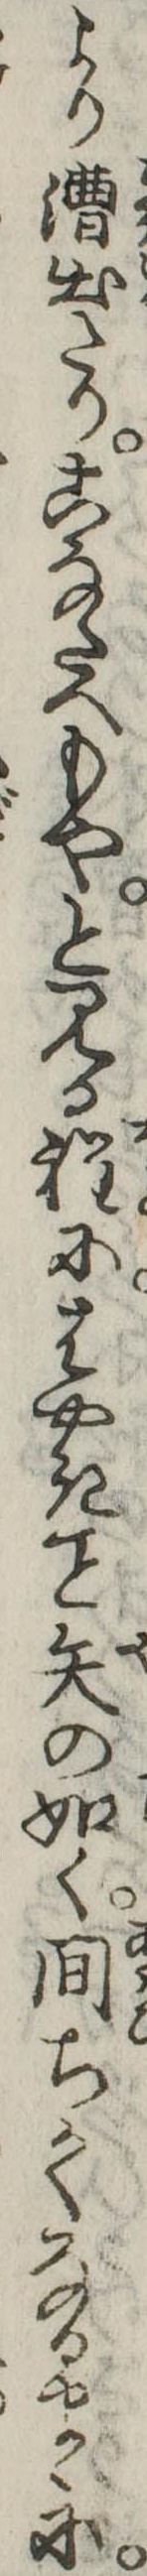
より漕出たりこなたへもやと見る程にはやき矢の如く間ちかくなるまゝに